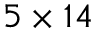
5 \times 1 4